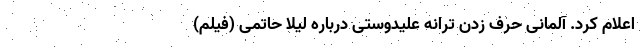
اعلام کرد. آلمانی حرف زدن ترانه علیدوستی درباره لیلا حاتمی (فیلم)